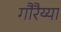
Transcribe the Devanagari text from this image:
गौरैय्या